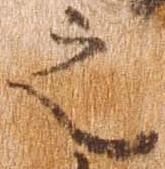
之